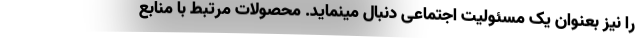
را نیز بعنوان یک مسئولیت اجتماعی دنبال مینماید. محصولات مرتبط با منابع